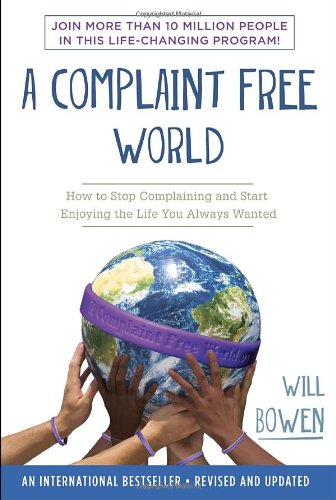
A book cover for A Complaint Free World: How to Stop Complaining and Start Enjoying the Life You Always Wanted; Will Bowen; Self-Help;